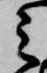
之